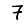
Digit: 7